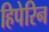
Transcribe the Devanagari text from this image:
हिपेरिन